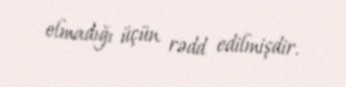
olmadığı üçün rədd edilmişdir.